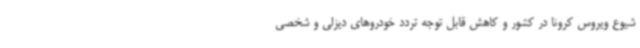
شیوع ویروس کرونا در کشور و کاهش قابل‌ توجه تردد خودروهای دیزلی و شخصی